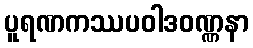
ပူရဏကဿပဝါဒဝဏ္ဏနာ